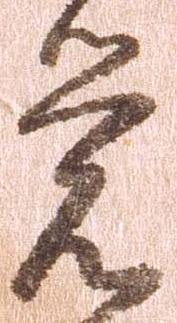
覚